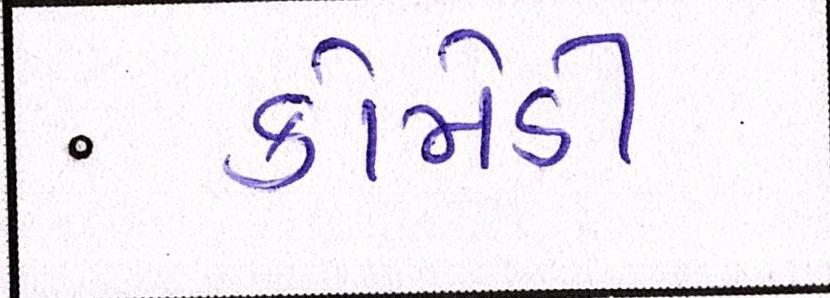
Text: કોમેડી